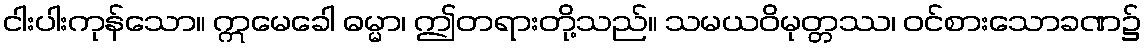
ငါးပါးကုန်သော။ ဣမေခေါ ဓမ္မာ၊ ဤတရားတို့သည်။ သမယဝိမုတ္တဿ၊ ဝင်စားသောခဏ၌